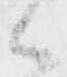
々